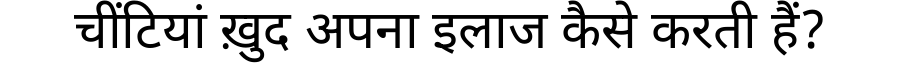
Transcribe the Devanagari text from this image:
चींटियां ख़ुद अपना इलाज कैसे करती हैं?